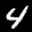
Label: 4